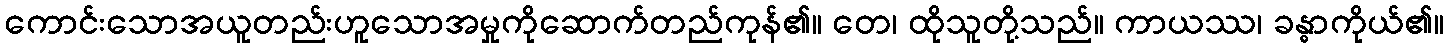
ကောင်းသောအယူတည်းဟူသောအမှုကိုဆောက်တည်ကုန်၏။ တေ၊ ထိုသူတို့သည်။ ကာယဿ၊ ခန္ဓာကိုယ်၏။